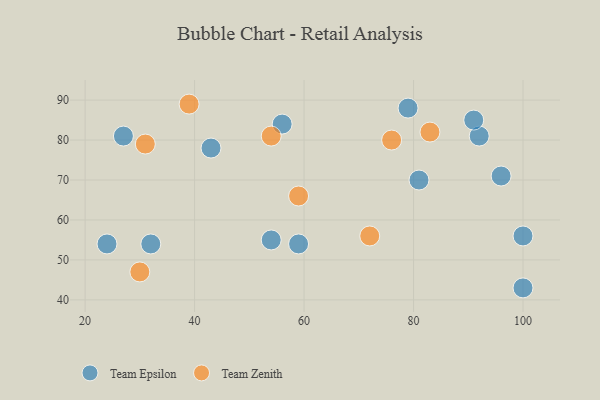
{"axis": {"x": "GDP", "y": "Life Expectancy"}, "legend": ["Team Epsilon", "Team Zenith"], "data": [{"x": "59", "y": 54, "type": "Team Epsilon"}, {"x": "100", "y": 43, "type": "Team Epsilon"}, {"x": "81", "y": 70, "type": "Team Epsilon"}, {"x": "92", "y": 81, "type": "Team Epsilon"}, {"x": "43", "y": 78, "type": "Team Epsilon"}, {"x": "24", "y": 54, "type": "Team Epsilon"}, {"x": "79", "y": 88, "type": "Team Epsilon"}, {"x": "54", "y": 55, "type": "Team Epsilon"}, {"x": "100", "y": 56, "type": "Team Epsilon"}, {"x": "32", "y": 54, "type": "Team Epsilon"}, {"x": "91", "y": 85, "type": "Team Epsilon"}, {"x": "56", "y": 84, "type": "Team Epsilon"}, {"x": "96", "y": 71, "type": "Team Epsilon"}, {"x": "27", "y": 81, "type": "Team Epsilon"}, {"x": "83", "y": 82, "type": "Team Zenith"}, {"x": "31", "y": 79, "type": "Team Zenith"}, {"x": "39", "y": 89, "type": "Team Zenith"}, {"x": "76", "y": 80, "type": "Team Zenith"}, {"x": "72", "y": 56, "type": "Team Zenith"}, {"x": "59", "y": 66, "type": "Team Zenith"}, {"x": "30", "y": 47, "type": "Team Zenith"}, {"x": "54", "y": 81, "type": "Team Zenith"}]}